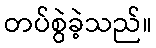
တပ်စွဲခဲ့သည်။